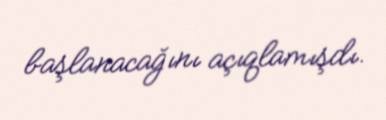
başlanacağını açıqlamışdı.